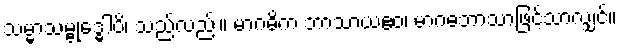
သမ္မာသမ္ဗုဒ္ဓေါပိ၊ သည်လည်း။ မာဂဓိက ဘာသာယဧဝ၊ မာဂဓဘာသာဖြင့်သာလျှင်။